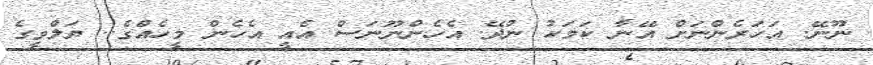
ނޫނޭ. އަހަރެންނަށް އޭނާ ކަމަކު ނުދޭ. އެހެންނޫނަސް އެއީ އެހެން މީހެއްގެ.. ޔަލްވީގެ